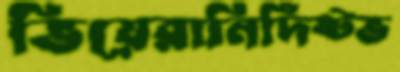
ভিয়েরানির্দিষ্টভ